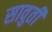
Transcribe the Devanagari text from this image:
सावुती